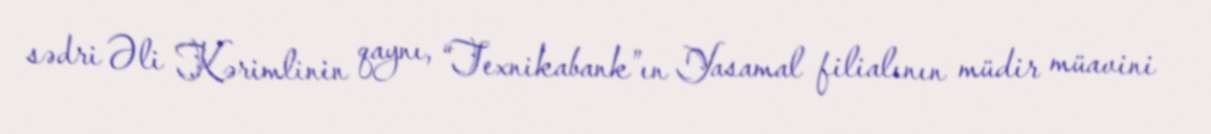
sədri Əli Kərimlinin qaynı, “Texnikabank”ın Yasamal filialının müdir müavini